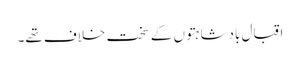
اقبال بادشاہتوں کے سخت خلاف تھے۔